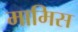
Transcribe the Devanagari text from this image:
मामिस